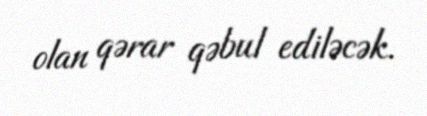
olan qərar qəbul ediləcək.